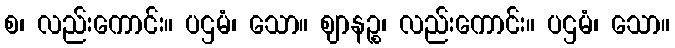
စ၊ လည်းကောင်း။ ပဌမံ၊ သော။ ဈာနဉ္စ၊ လည်းကောင်း။ ပဌမံ၊ သော။